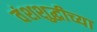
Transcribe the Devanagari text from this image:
वंशशुद्धीच्या